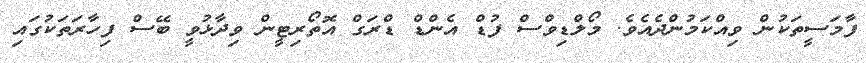
ފާމަސީތަކުން ވިއްކަމުންދެއެވެ. މޯލްޑިވްސް ފުޑް އެންޑް ޑްރަގް އޮތޯރިޓީން ވިދާޅުވީ ބޭސް ފިހާރަތަކުގައި